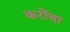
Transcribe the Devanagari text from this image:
करोंथा